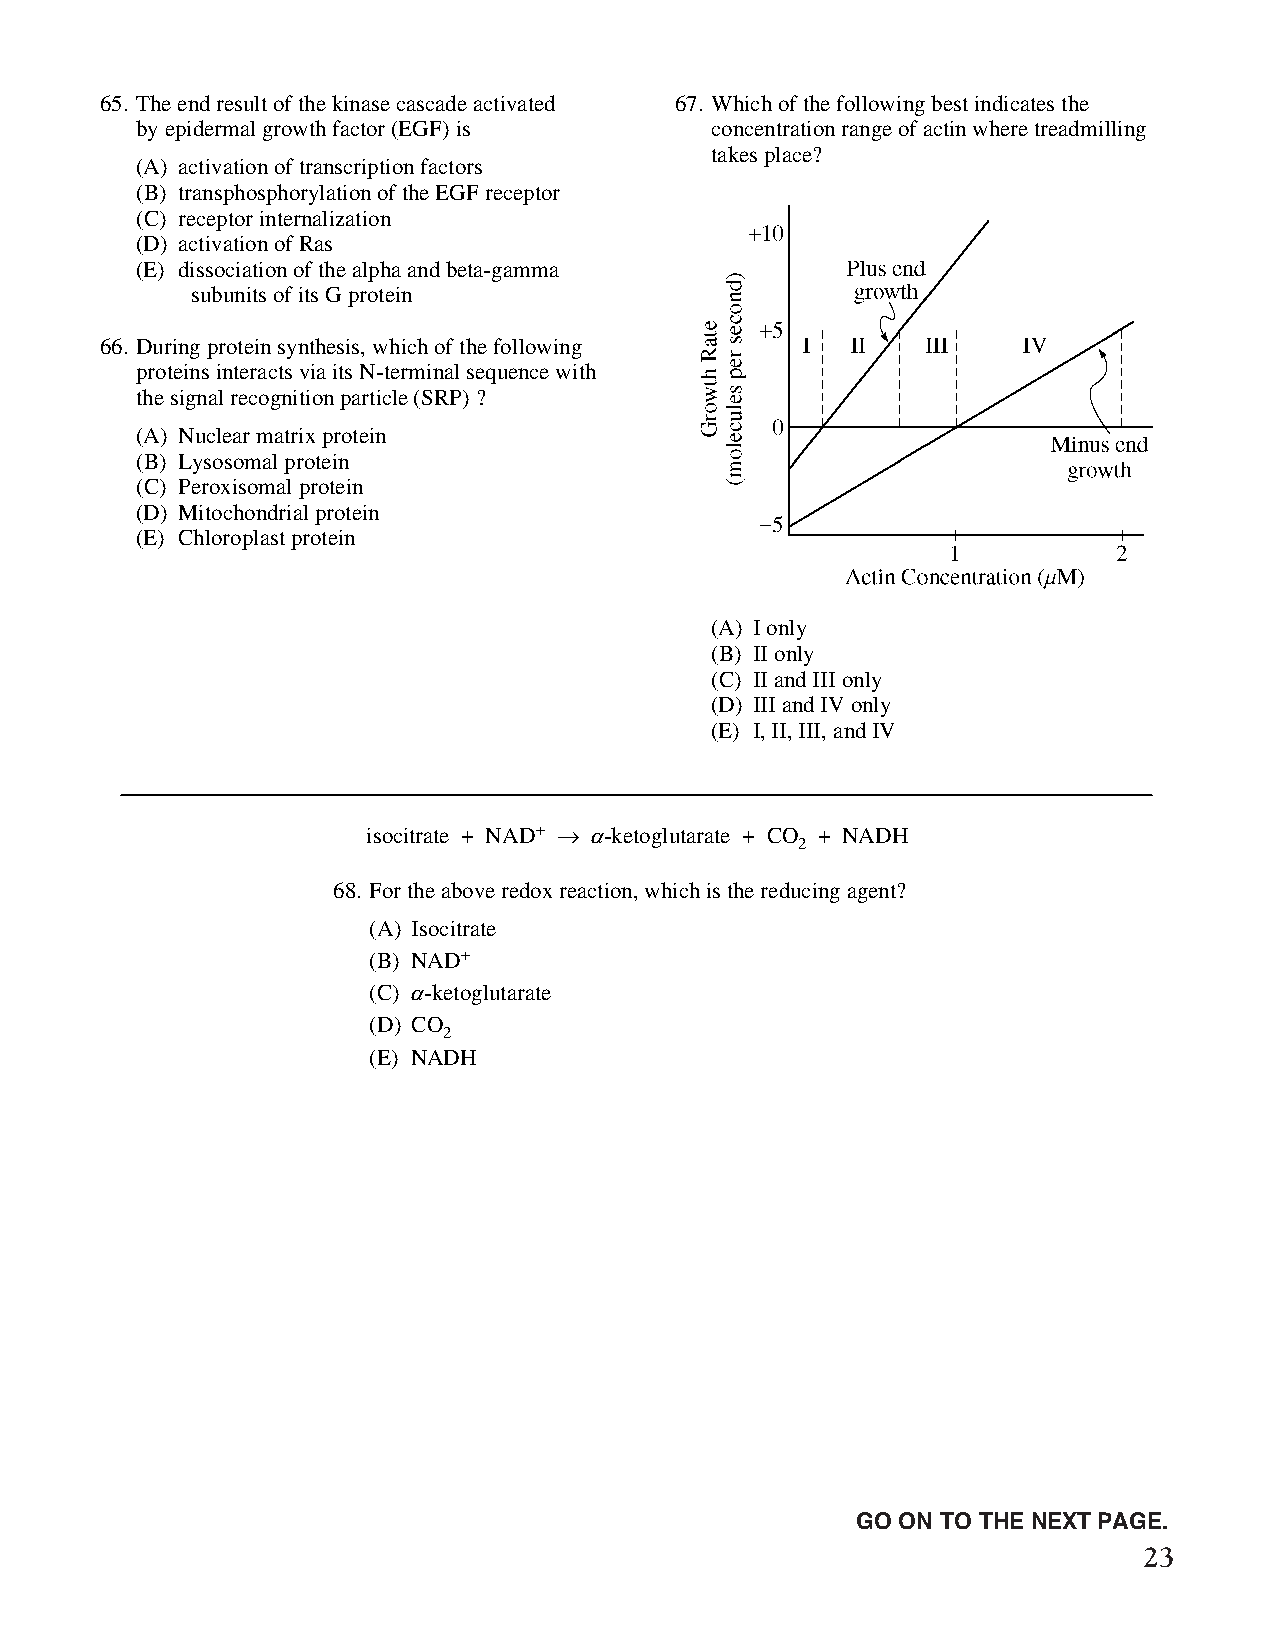
65. The end result of the kinase cascade activated 67. Which of the following best indicates the
 by epidermal growth factor (EGF) is   concentration range of actin where treadmilling
 takes place?
 (A) activation of transcription factors
 (B) transphosphorylation of the EGF receptor
 (C) receptor internalization
 (D) activation of Ras
 (E) dissociation of the alpha and beta-gamma
 subunits of its G protein
 66. During protein synthesis, which of the following
 proteins interacts via its N-terminal sequence with
 the signal recognition particle (SRP) ?
 (A) Nuclear matrix protein
 (B) Lysosomal protein
 (C) Peroxisomal protein
 (D) Mitochondrial protein
 (E) Chloroplast protein
 (A) I only
 (B) II only
 (C) II and III only
 (D) III and IV only
 (E) I, II, III, and IV
 isocitrate + NAD+ Æ a-ketoglutarate + CO + NADH
 2
 68. For the above redox reaction, which is the reducing agent?
 (A) Isocitrate
 (B) NAD+
 (C) a-ketoglutarate
 (D) CO
 2
 (E) NADH
 Unauthorized copying or reuse of
 any part of this page is illegal.                GO ON TO THE NEXT PAGE.
 23
 GO ON TO THE NEXT PAGE.
 -15-
 007884-72507 GRE Biochemistry Test Practise Book • Dr01 4/17/08 ta • Dr02 5/7/08 ta • Dr03 5/20/08 ta • [NEW 108353] • CS6 • Dr01 5/1/15 jw • [New
 Job] 007884-113203 Drft01 3/22/16 ew